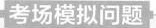
考场模拟问题